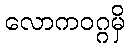
လောကဝဂ္ဂမှိ